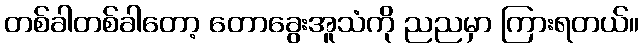
တစ်ခါတစ်ခါတော့ တောခွေးအူသံကို ညညမှာ ကြားရတယ်။